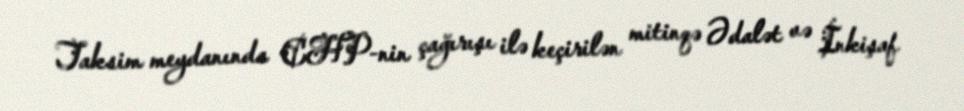
Taksim meydanında CHP-nin çağırışı ilə keçirilən mitinqə Ədalət və İnkişaf